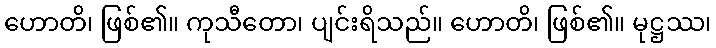
ဟောတိ၊ ဖြစ်၏။ ကုသီတော၊ ပျင်းရိသည်။ ဟောတိ၊ ဖြစ်၏။ မုဋ္ဌဿ၊